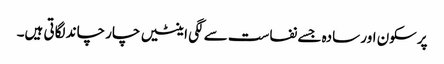
پرسکون اور سادہ جسے نفاست سے لگی اینٹیں چار چاند لگاتی ہیں۔